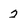
Character: 2